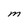
Character: M